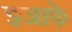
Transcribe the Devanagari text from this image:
इजाफ़े